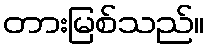
တားမြစ်သည်။